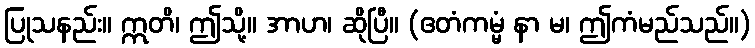
ပြုသနည်း။ ဣတိ၊ ဤသို့။ အာဟ၊ ဆိုပြီ။ (ဧတံကမ္မံ နာ မ၊ ဤကံမည်သည်။)